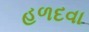
હળદવા